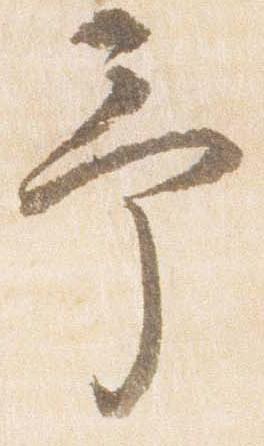
予